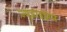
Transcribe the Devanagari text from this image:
ज्युडाइझम